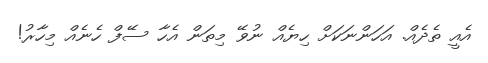
އެއީ ތެދެއް. އަހަންނަކަށް ހިޔެއް ނުވޭ މިތަން އެހާ ސޭފް ހެނެއް މިހާރު!